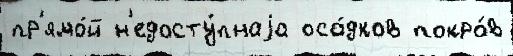
пр'ямо́й н'едосту́пнаjа оса́дков покро́в